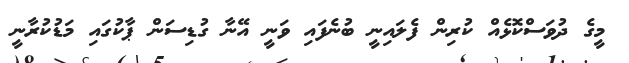
މީގެ ދުވަސްކޮޅެއް ކުރިން ފެލައިނީ ބުނެފައި ވަނީ އޭނާ ގުޑިސަން ޕާކުގައި މަޑުކުރާނީ